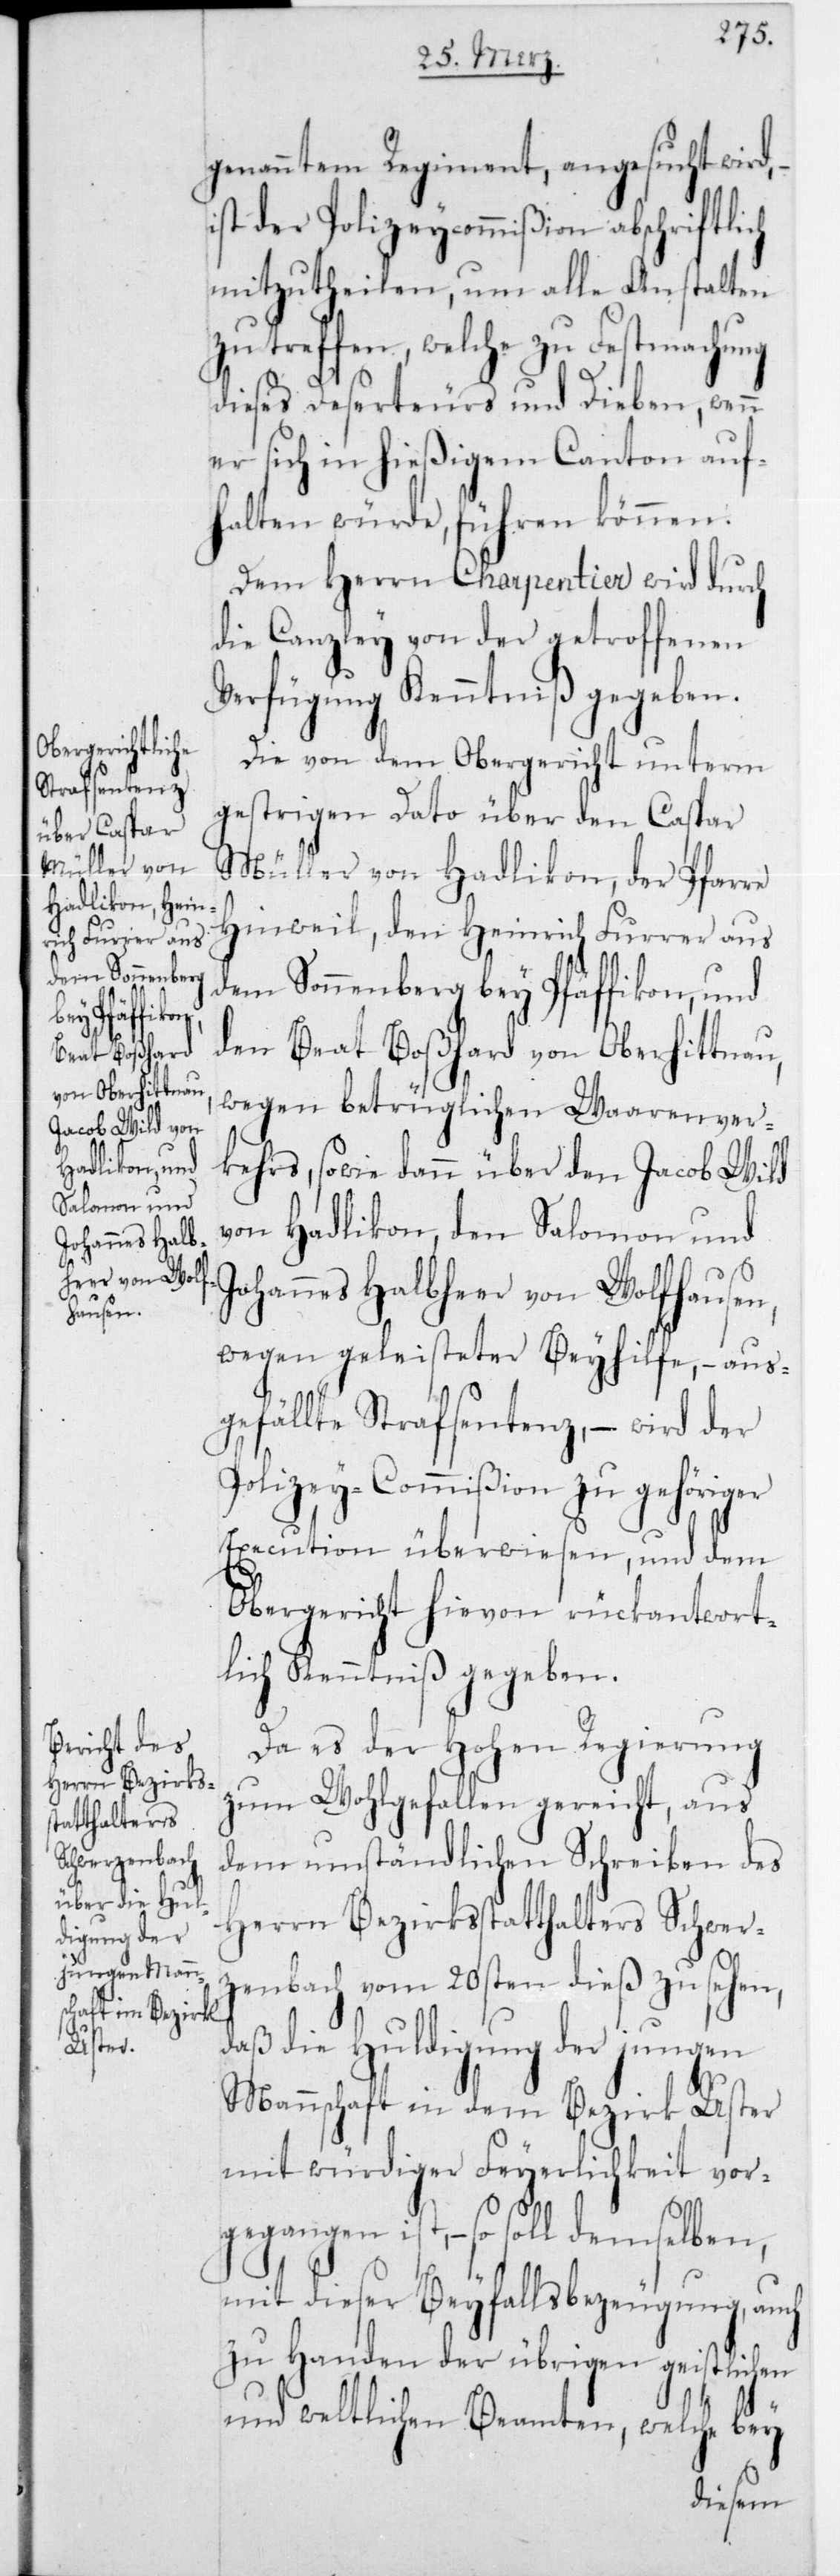
genanntem Regiment, angesucht wird,
ist der Polizeycommißion abschriftlich
mitzutheilen, um alle Anstalten
zu treffen, welche zu Festmachung
dieses Deserteurs und Dieben, wenn
er sich in hießigem Canton auf¬
halten würde, führen können.
Dem Herrn Charpentier wird durch
die Canzley von der getroffenen
Verfügung Kenntniß gegeben.
Die von dem Obergericht unterm
gestrigen Dato über den Caspar
Müller von Hadlikon, der Pfarre
Hinweil; den Heinrich Furrer aus
dem Sonnenberg bey Pfäffikon, und
den Beat Boßhard von Oberhittnau;
wegen betrüglichen Waarenver¬
kehrs – sowie dann über den Jacob Wild
von Hadlikon, den Salomon und
Johannes Halbheer von Wolfhausen,
wegen geleisteter Beyhilfe, – aus¬
gefällte Strafsentenz, – wird der
Polizey-Commißion zu gehöriger
Execution überwiesen, und dem
Obergericht hievon rückantwort¬
lich Kenntniß gegeben.
Da es der Hohen Regierung
zum Wohlgefallen gereicht, aus
dem umständlichen Schreiben des
Herrn Bezirksstatthalters Schwer¬
zenbach vom 20sten dieß zu sehen,
daß die Huldigung der jungen
Mannschaft in dem Bezirk Uster
mit würdiger Feyerlichkeit vor¬
gegangen ist, – so soll demselben,
mit dieser Beyfallsbezeugung, auch
zu Handen der übrigen geistlichen
und weltlichen Beamten, welche bey